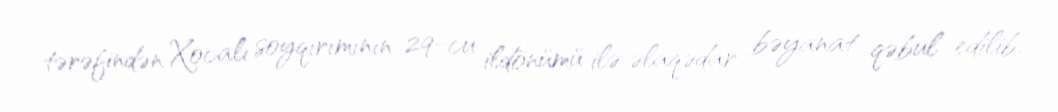
tərəfindən Xocalı soyqırımının 29-cu ildönümü ilə əlaqədar bəyanat qəbul edilib.